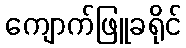
ကျောက်ဖြူခရိုင်